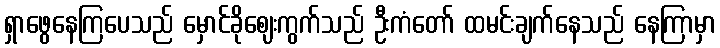
ရှာဖွေနေကြပေသည် မှောင်ခိုဈေးကွက်သည် ဦးကံတော် ထမင်းချက်နေသည် နေကြာမှာ